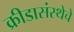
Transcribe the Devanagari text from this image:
क्रीडासंस्थेचे